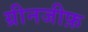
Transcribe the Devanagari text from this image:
ग्रीनजीफ़